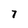
Character: 7